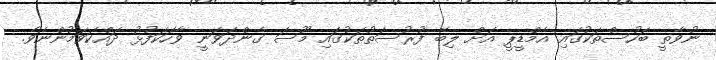
ނުވާތީ ބަހުސްތަކުގައި އެމްޑީޕީ އަށް ލިބޭ ފުރުސަތުތަކުގައި މޫސަ ގެންދަވަނީ ވާހަކަފުޅު ދައްކަވަމުންނެވެ.